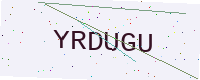
Text: YRDUGU